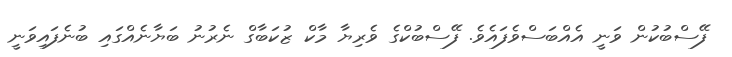
ފޭސްބުކުން ވަނީ އެއްބަސްވެފައެވެ. ފޭސްބުކްގެ ވެރިޔާ މާކް ޒުކަބާގް ނެރުނު ބަޔާނެއްގައި ބުނެފައިވަނީ